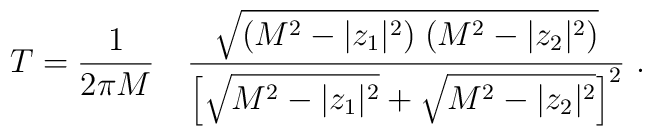
T =   {1 \over 2\pi M} \quad {\sqrt{(M^2 - |z_1|^2) \; (M^2 - |z_2|^2)}\over \left[ \sqrt{M^2 -|z_1|^2 } +  \sqrt{ M^2 - |z_2|^2}\right ]^2}\ .